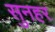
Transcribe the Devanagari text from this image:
सुनहर